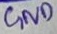
Text: GND